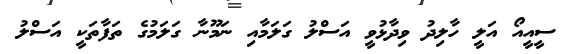
ސީއީއޯ އަލީ ހާލިދު ވިދާޅުވީ އަސްލު ގަލަމާއި ނަމޫނާ ގަލަމުގެ ތަފާތަކީ އަސްލު